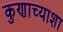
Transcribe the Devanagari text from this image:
कुणाच्याशा